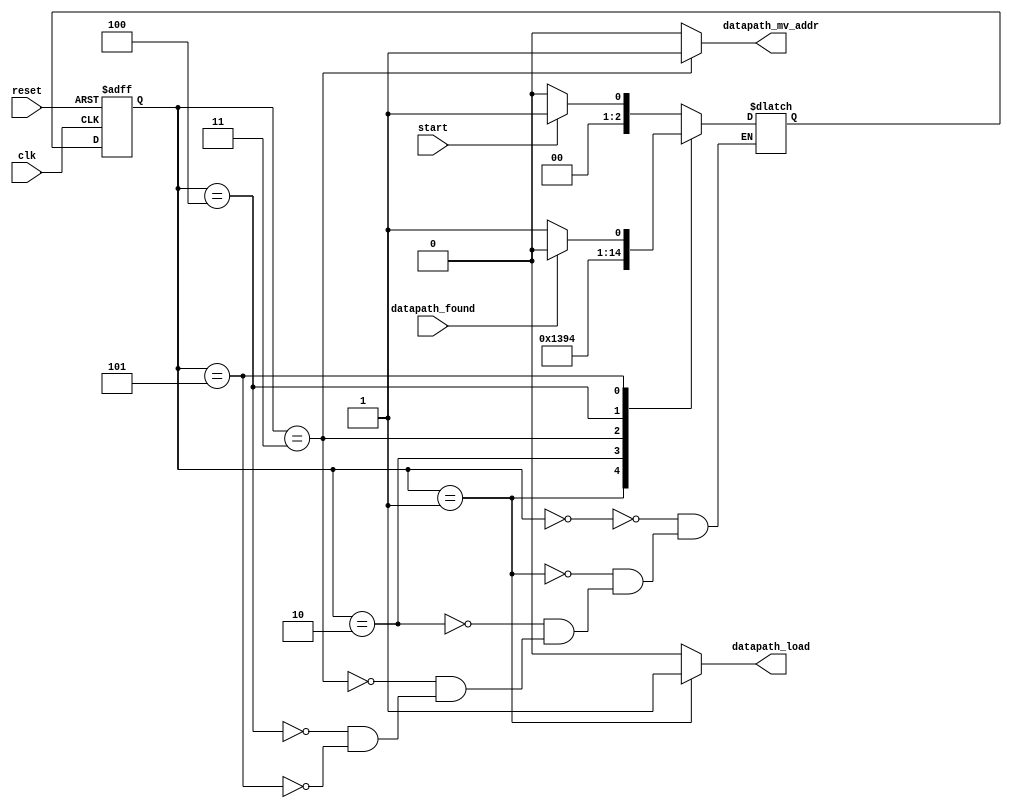
module control(
	input clk,
	input start,
	input reset,
	
	input  datapath_found,
	output reg datapath_mv_addr,
	output reg datapath_load
	
);
	(* keep *) reg [2:0] state, next;

	localparam
		s0 = 3'b000,
		s1 = 3'b001,
		s2 = 3'b010,
		s3 = 3'b011,
		s4 = 3'b100,
		s5 = 3'b101;
		
	always @(posedge clk, negedge reset)
		if (~reset) 	state <= s0;
		else		   	state <= next;
		
	always @(state) begin
		datapath_load = 0;
		datapath_mv_addr = 0;
		case(state)
			s0: begin
				if(start) begin
					next = s1;
				end
				else begin
					next = s0;
				end
			end
			s1: begin
				datapath_load = 1;
				next = s2;
			end
			s2: begin
				//datapath_load = 1;
				next = s3;
			end
			s3: begin
				datapath_mv_addr = 1;
				next = s4;
			end
			s4: begin
				//datapath_mv_addr = 1;
				next = s5;
			end
			s5: begin
				if(!datapath_found) begin
					next = s1;
				end
				else begin
					next = s0;
				end
			end
		endcase
	end

endmodule